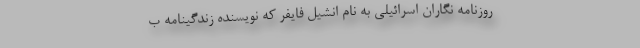
روزنامه نگاران اسرائیلی به نام انشیل فایفر که نویسنده زندگینامه ب